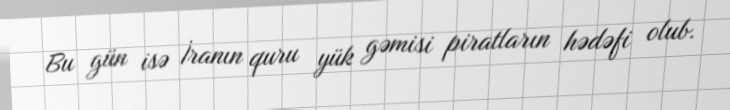
Bu gün isə İranın quru yük gəmisi piratların hədəfi olub.